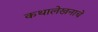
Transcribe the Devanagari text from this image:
कथालेखनाचे